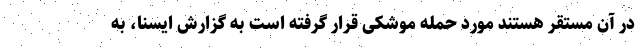
در آن مستقر هستند مورد حمله موشکی قرار گرفته است به گزارش ایسنا، به